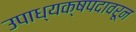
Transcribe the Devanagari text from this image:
उपाध्यक्षपदावरून